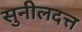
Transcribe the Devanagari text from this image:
सुनीलदत्त